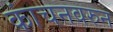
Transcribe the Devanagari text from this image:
कांचनवरुन